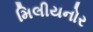
મિલીયનોર